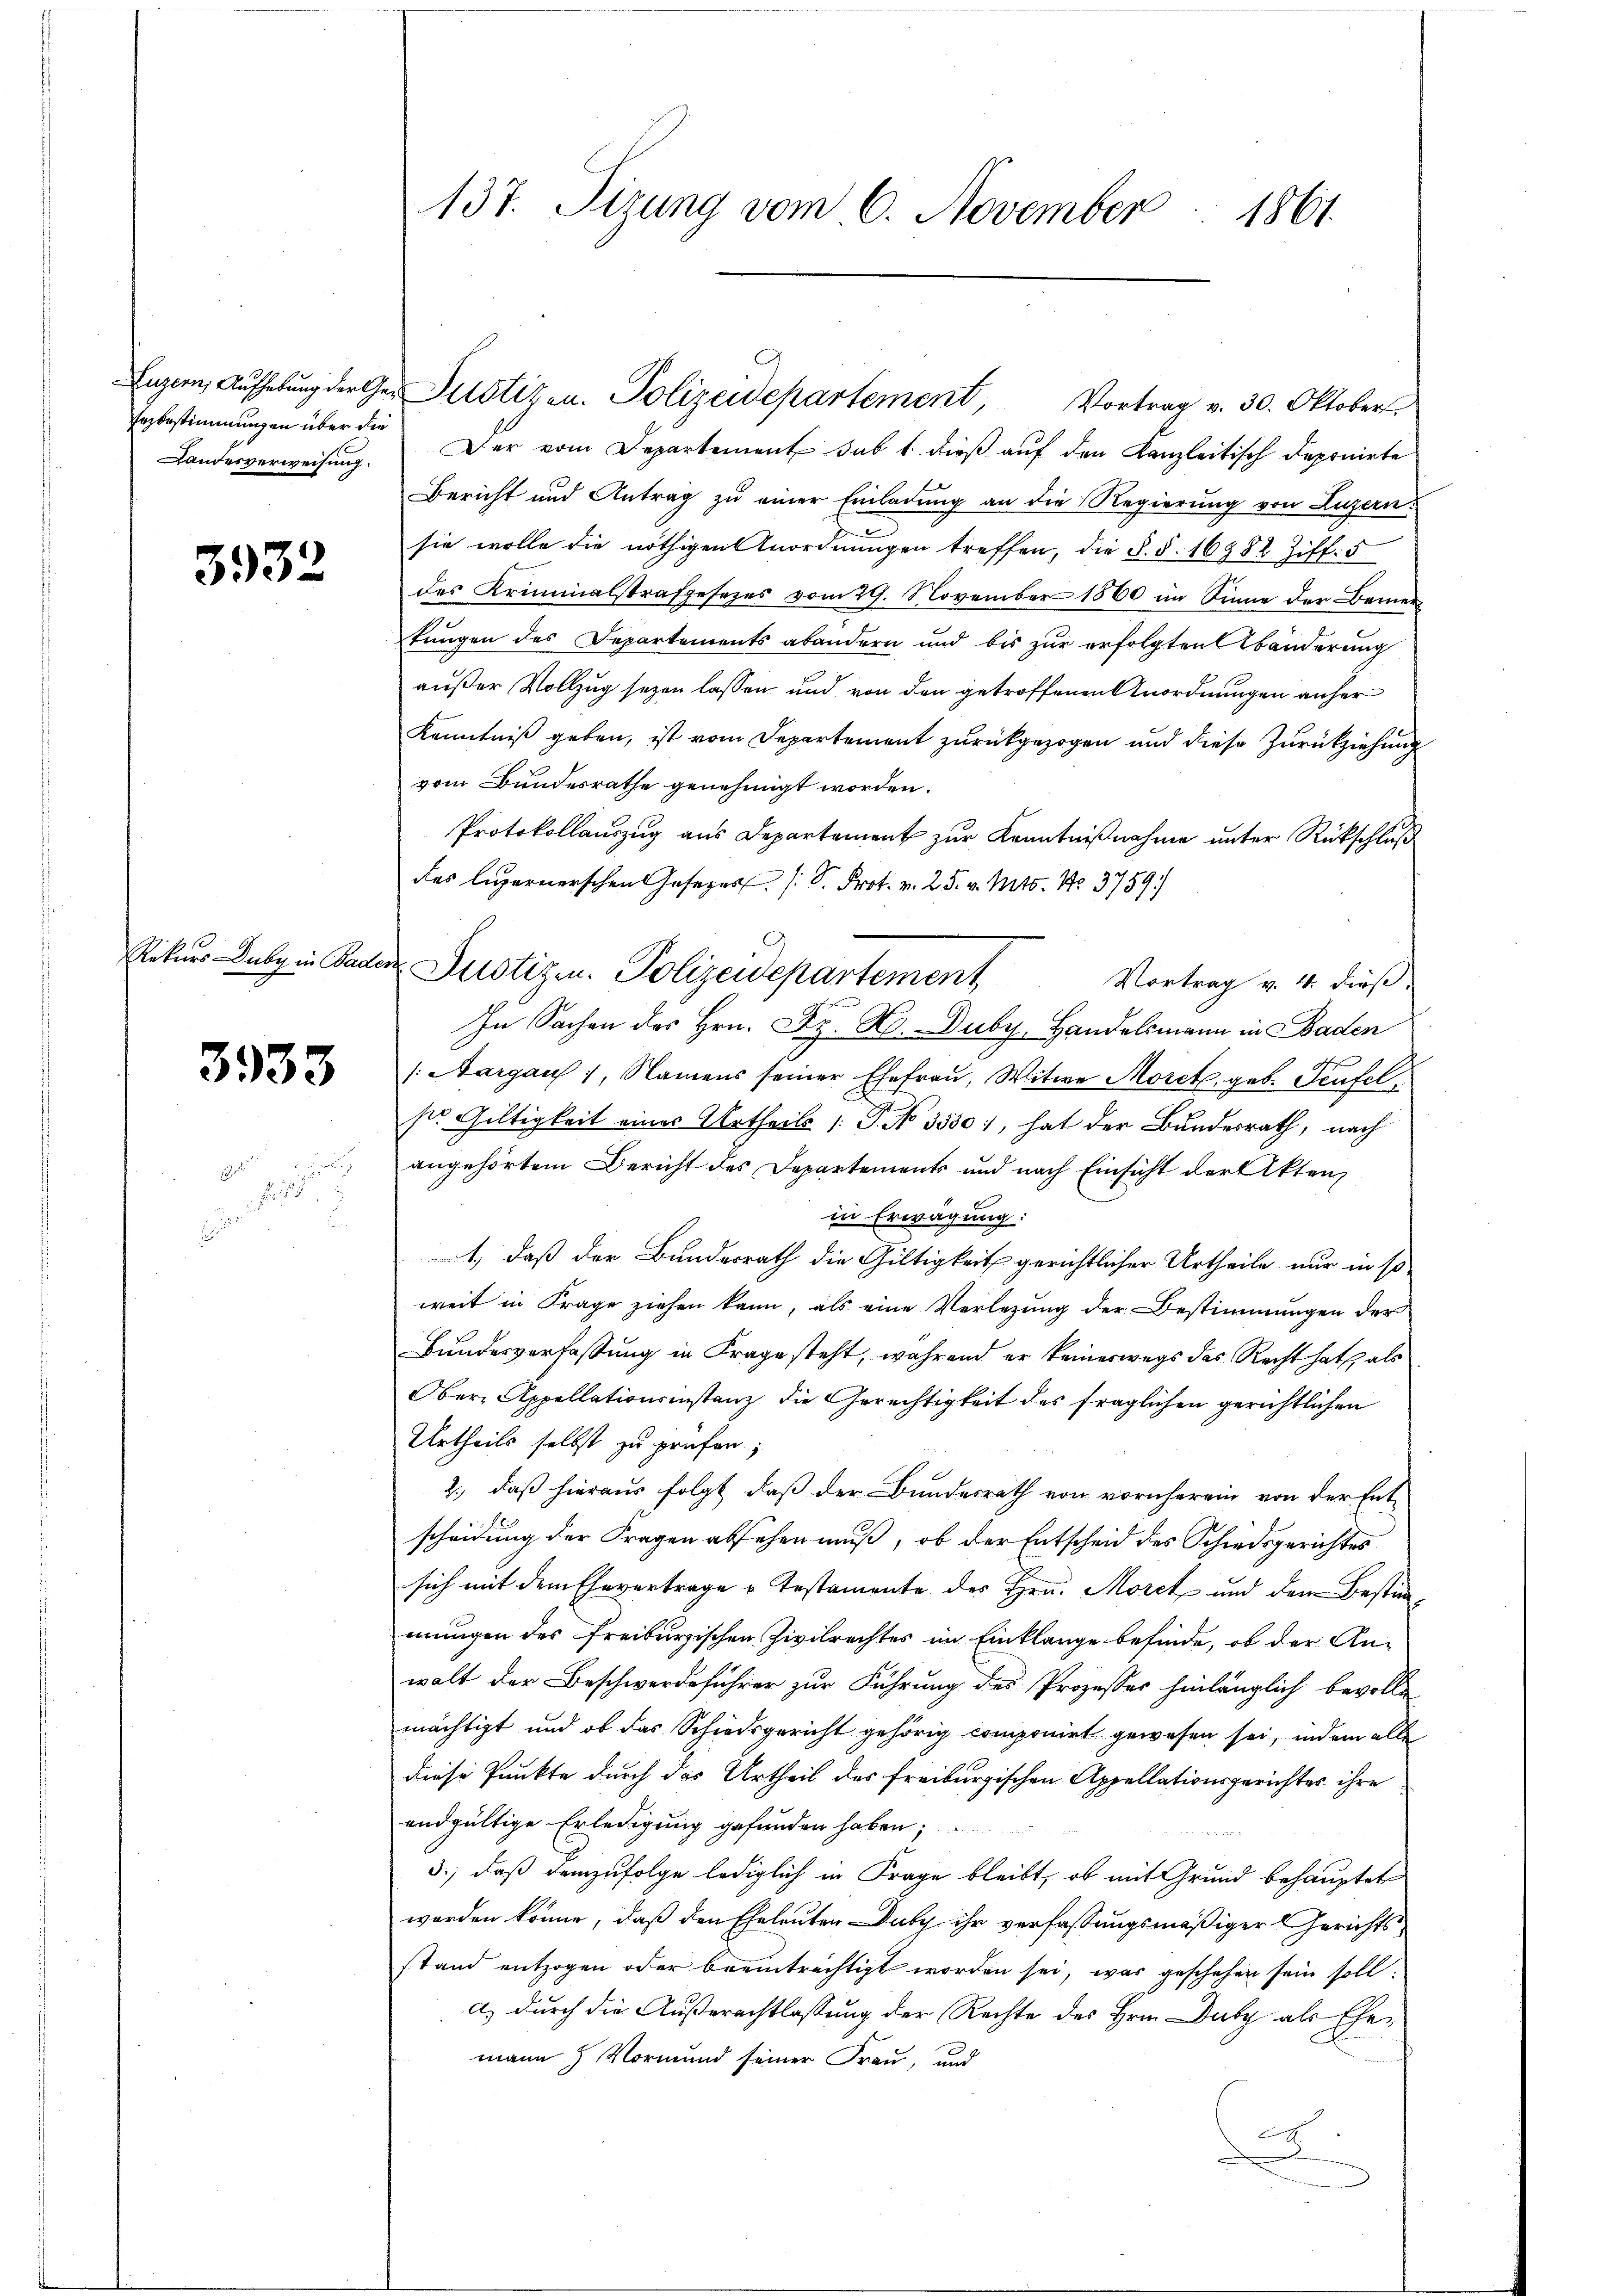
Erzbestimmungen über die

3932

3933

137. Tizung vom 6. November 1861

Landesverweisung. Der vom Departement sub 1. dieß auf den Kanzleitisch deponirte
Bericht und Antrag zu einer Einladung an die Regierung von Luzern.
sie wolle die nöthigen Anordnungen treffen, die §. §. 16982 Ziff. 5
des Kriminalstrafgesezes vom 29. November 1860 im Sinne der Bemer
tungen des Departements abandern und bis zur erfolgten Abänderung
außer Vollzug sezen lassen und von den getroffenen Anordnungen anher
Kenntniß geben, ist vom Departement zurückgezogen und diese Zurückziehung
vom Bundesrathe genehmigt worden.
Protokollaŭszŭg aŭs Departement zŭr Kenntniβnahme unter Rückschluß
des Luzernerschen Gesezes [ D. Prot. v. 25. v. Mts. No. 3759)
Rekurs daby in Bader Justizen. Polizeidepartement
Vortrag v. 4. dieß.
In Sachen des Hrn. K. H. Duby, Handelsmann in Baden
/Aargauf 1, Namens seiner Ehefrau, Witwe Moret, geb. Teufelsie Gültigkeit eines Urtheils /: P. No. 3550), hat der Bundesrath, nach
angehörtem Bericht des Departements und nach Einsicht der Akten,
in Erwägung:
1, daß der Bundesrath die Gültigkeit gerichtlicher Urtheile nur in so
weit in Frage ziehen kann, als eine Verlegung der Bestimmungen der
Bundesverfassung in Frage steht, während er keineswegs das Recht hat, als
Ober- Appellationsinstanz die Gerechtigkeit des fraglichen gerichtlichen
Urtheils selbst zu prüfen;
2., daß hieraus folgt, daß der Bundesrath von vornherein von der Ent-
scheidung der Fragen absehen muß, ob der Entscheid des Schiedsgerichtes
sich mit dem Ehevertrage u. Testamente des Hrn. Moret und den Bestimmungen des Freiburgischen Zivilrechtes im Einklange befinde, ob der An-
walt der Beschwerdeführer zur Führung des Prozesses hinlänglich bevolle-
mächtigt und ob das Schiedsgericht gehörig componirt gewesen sei, indem alle
diese Punkte durch das Urtheil der freiburgischen Appellationsgerichtes ihre
endgültige Erledigung gefunden haben;
3., daß demzufolge lediglich in Frage bleibt, ob mit Grund behauptet
werden könne, daß den Eheleuten Duby ihr verfassungsmäßiger Gerichtsstand entzogen oder beeinträchtigt worden sei, was geschehen sein soll:
a.) durch die Außerachtlassung der Rechte des Hrn. Dutz als Ehemann Vormund seiner Frau, und
d

Luzern, Aufhebŭng der Ger. Pilotizen. Polizeidepartement, Vortrag v. 30. Oktober.